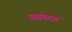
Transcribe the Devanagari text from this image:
घराणेदार